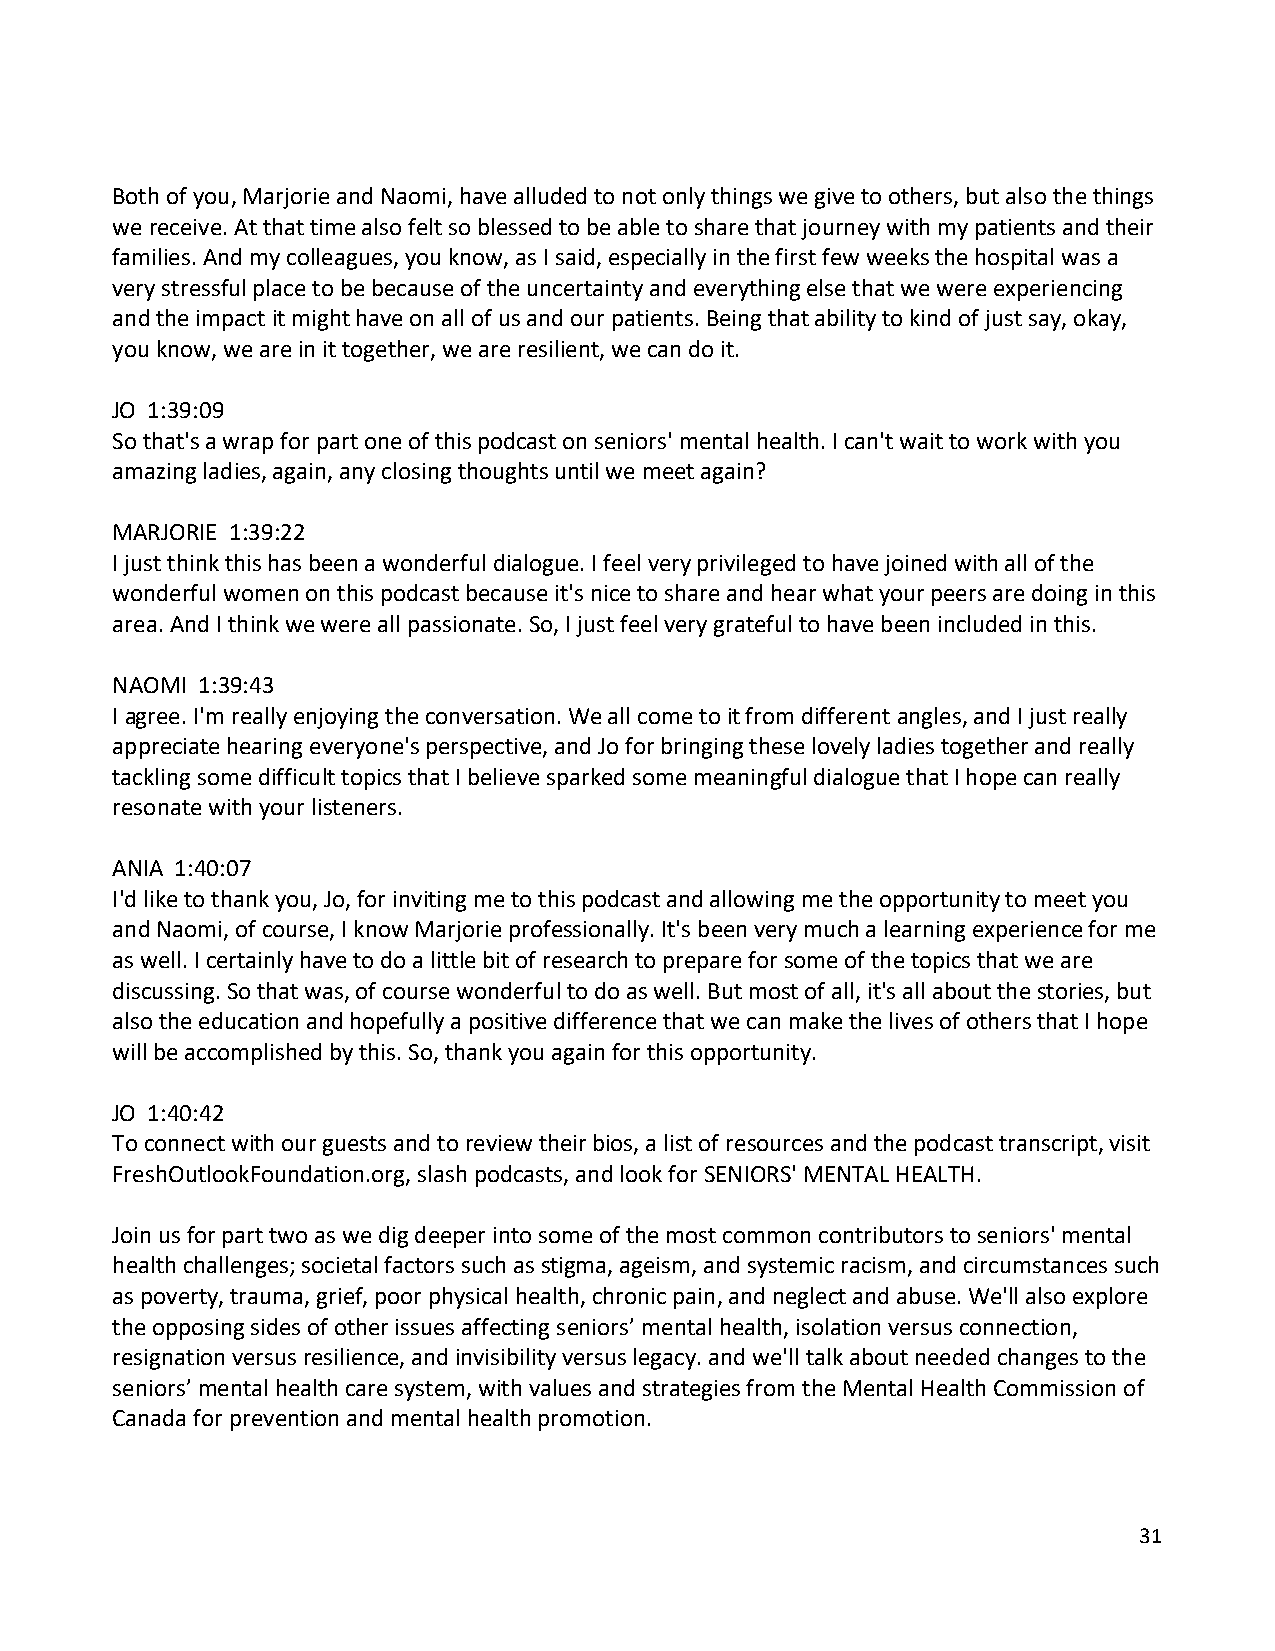
Both of you, Marjorie and Naomi, have alluded to not only things we give to others, but also the things
 we receive. At that time also felt so blessed to be able to share that journey with my patients and their
 families. And my colleagues, you know, as I said, especially in the first few weeks the hospital was a
 very stressful place to be because of the uncertainty and everything else that we were experiencing
 and the impact it might have on all of us and our patients. Being that ability to kind of just say, okay,
 you know, we are in it together, we are resilient, we can do it.
 JO 1:39:09
 So that's a wrap for part one of this podcast on seniors' mental health. I can't wait to work with you
 amazing ladies, again, any closing thoughts until we meet again?
 MARJORIE 1:39:22
 I just think this has been a wonderful dialogue. I feel very privileged to have joined with all of the
 wonderful women on this podcast because it's nice to share and hear what your peers are doing in this
 area. And I think we were all passionate. So, I just feel very grateful to have been included in this.
 NAOMI 1:39:43
 I agree. I'm really enjoying the conversation. We all come to it from different angles, and I just really
 appreciate hearing everyone's perspective, and Jo for bringing these lovely ladies together and really
 tackling some difficult topics that I believe sparked some meaningful dialogue that I hope can really
 resonate with your listeners.
 ANIA 1:40:07
 I'd like to thank you, Jo, for inviting me to this podcast and allowing me the opportunity to meet you
 and Naomi, of course, I know Marjorie professionally. It's been very much a learning experience for me
 as well. I certainly have to do a little bit of research to prepare for some of the topics that we are
 discussing. So that was, of course wonderful to do as well. But most of all, it's all about the stories, but
 also the education and hopefully a positive difference that we can make the lives of others that I hope
 will be accomplished by this. So, thank you again for this opportunity.
 JO 1:40:42
 To connect with our guests and to review their bios, a list of resources and the podcast transcript, visit
 FreshOutlookFoundation.org, slash podcasts, and look for SENIORS' MENTAL HEALTH.
 Join us for part two as we dig deeper into some of the most common contributors to seniors' mental
 health challenges; societal factors such as stigma, ageism, and systemic racism, and circumstances such
 as poverty, trauma, grief, poor physical health, chronic pain, and neglect and abuse. We'll also explore
 the opposing sides of other issues affecting seniors’ mental health, isolation versus connection,
 resignation versus resilience, and invisibility versus legacy. and we'll talk about needed changes to the
 seniors’ mental health care system, with values and strategies from the Mental Health Commission of
 Canada for prevention and mental health promotion.
 31